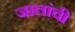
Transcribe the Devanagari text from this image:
जालांची